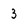
Character: 3